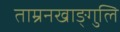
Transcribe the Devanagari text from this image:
ताम्रनखाङ्गुलि